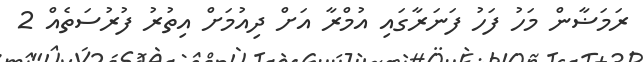
ރަމަޟާން މަހު ފަހު ފަނަރާގައި އުމްރާ އަށް ދިއުމަށް އިތުރު ފުރުސަތެއް 2